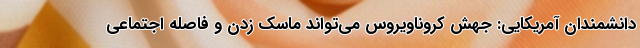
دانشمندان آمریکایی: جهش کروناویروس می‌تواند ماسک زدن و فاصله اجتماعی